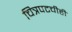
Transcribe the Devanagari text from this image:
चित्रपटचीही